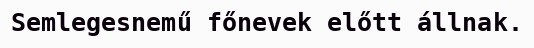
Semlegesnemű főnevek előtt állnak.